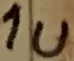
Text: 1u